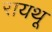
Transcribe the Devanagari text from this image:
रायथू